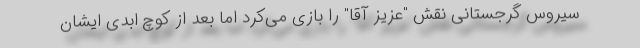
سیروس گرجستانی نقش "عزیز آقا" را بازی می‌کرد اما بعد از کوچ ابدی ایشان